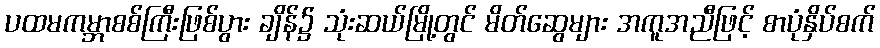
ပထမကမ္ဘာစစ်ကြီးဖြစ်ပွား ချိန်၌ သုံးဆယ်မြို့တွင် မိတ်ဆွေများ အကူအညီဖြင့် စာပုံနှိပ်စက်